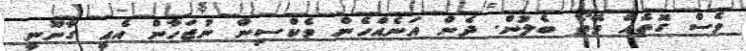
ވެސް ގޮތެއް ވޭތޯ ބެލުން. ދެން އަނެއްހެން ވެކްސިން ނުޖަހާން އެއީ ގާނޫނީ